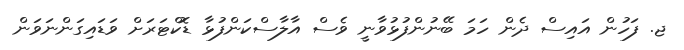
ޖ. ފަހުން އައިސް ދެން ހަމަ ބޭނުންފުޅުވާނީ ވެސް އާލާސްކަންފުޅާ ޑޮކްޓަރަށް ވަޑައިގަންނަވަން